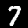
Digit: 7